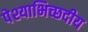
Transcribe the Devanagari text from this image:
पेश्याभिच्छदीय